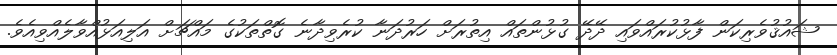
ޝައުޤުވެރިކަން ފާޅުކުރައްވައި ދޭދޭ ގުޅުންތައް އިތުރަށް ހަރުދަނާ ކުރެވިދާނެ ގޮތްތަކުގެ މައްޗަށް އަލިއަޅުއްވާލެއްވިއެވެ.